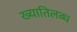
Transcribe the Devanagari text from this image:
ख्‍यातिलब्‍ध